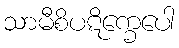
သာမီစိပဋိက္ခေပေါ